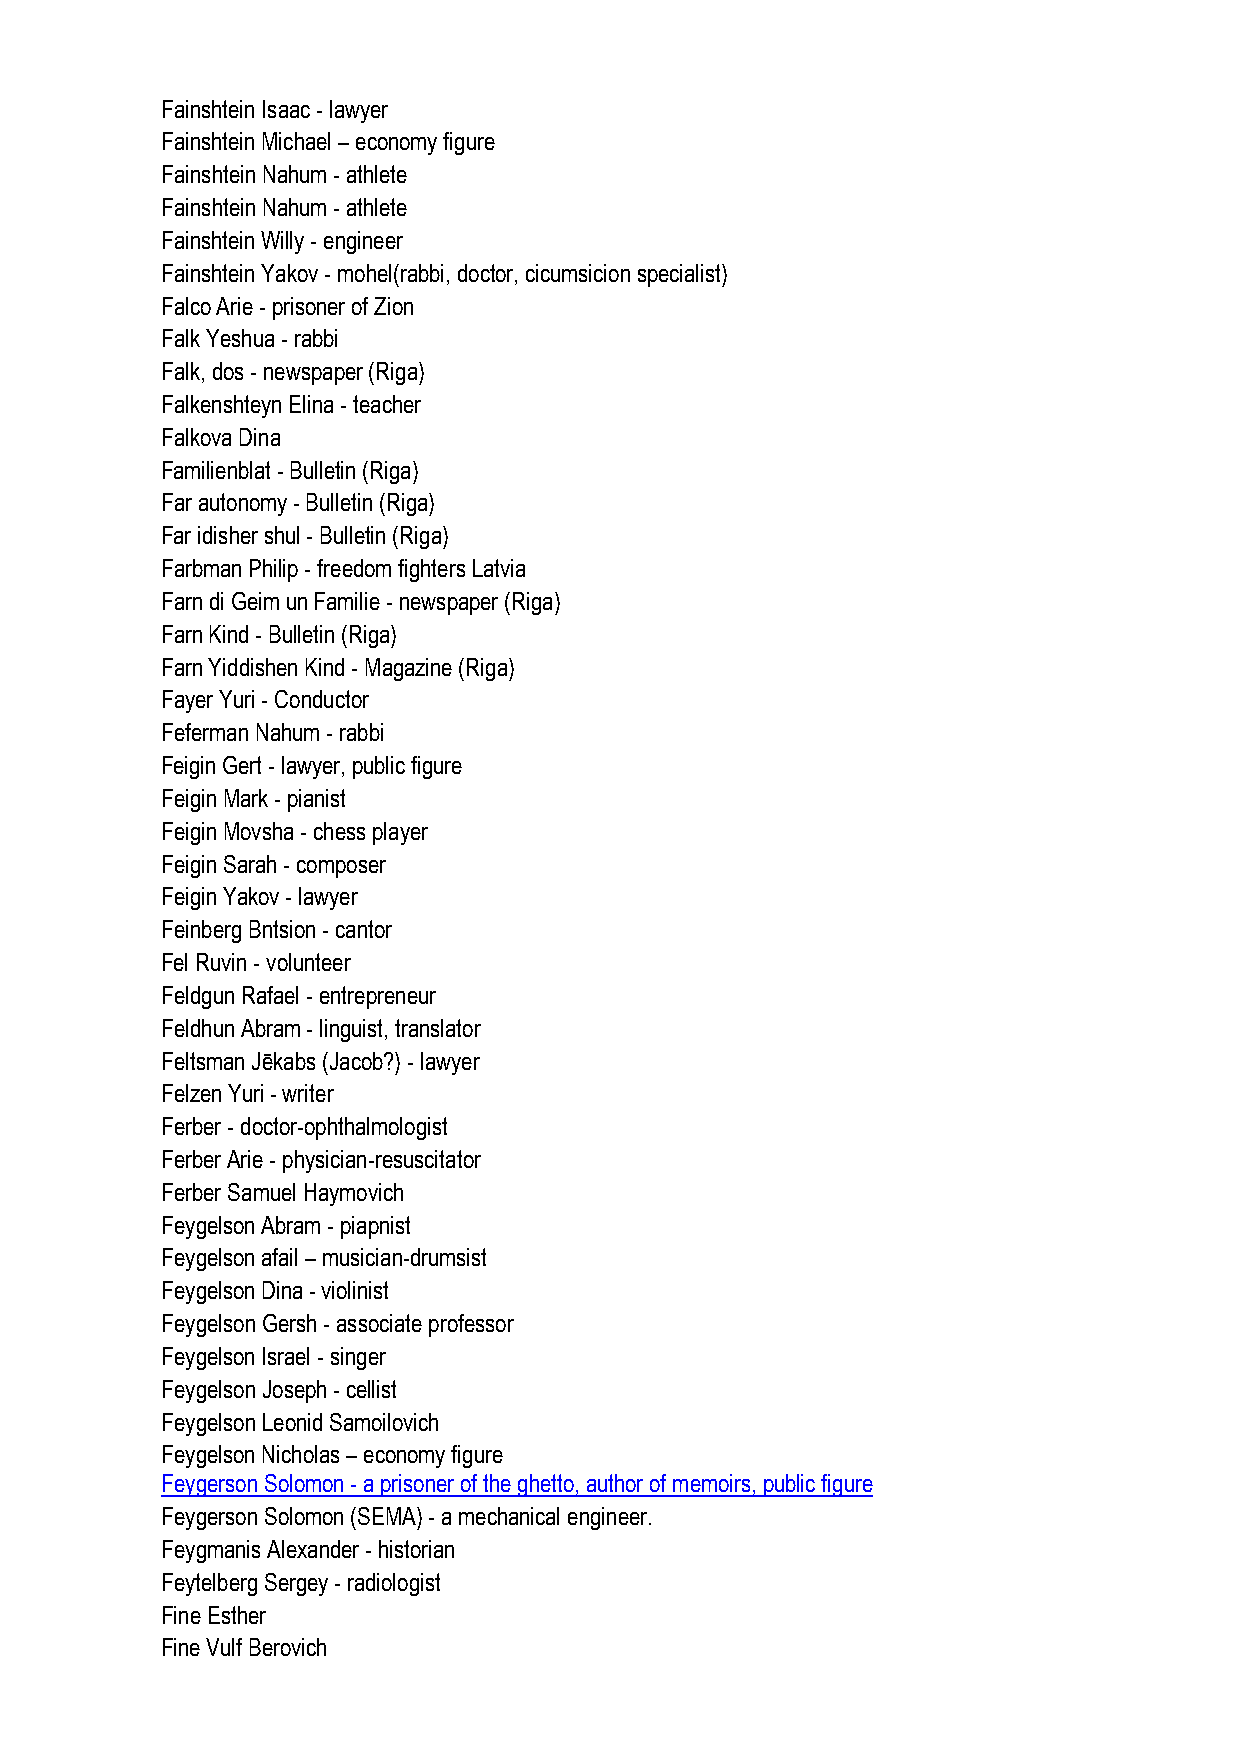
Fainshtein Isaac - lawyer
 Fainshtein Michael – economy figure
 Fainshtein Nahum - athlete
 Fainshtein Nahum - athlete
 Fainshtein Willy - engineer
 Fainshtein Yakov - mohel(rabbi, doctor, cicumsicion specialist)
 Falco Arie - prisoner of Zion
 Falk Yeshua - rabbi
 Falk, dos - newspaper (Riga)
 Falkenshteyn Elina - teacher
 Falkova Dina
 Familienblat - Bulletin (Riga)
 Far autonomy - Bulletin (Riga)
 Far idisher shul - Bulletin (Riga)
 Farbman Philip - freedom fighters Latvia
 Farn di Geim un Familie - newspaper (Riga)
 Farn Kind - Bulletin (Riga)
 Farn Yiddishen Kind - Magazine (Riga)
 Fayer Yuri - Conductor
 Feferman Nahum - rabbi
 Feigin Gert - lawyer, public figure
 Feigin Mark - pianist
 Feigin Movsha - chess player
 Feigin Sarah - composer
 Feigin Yakov - lawyer
 Feinberg Bntsion - cantor
 Fel Ruvin - volunteer
 Feldgun Rafael - entrepreneur
 Feldhun Abram - linguist, translator
 Feltsman Jēkabs (Jacob?) - lawyer
 Felzen Yuri - writer
 Ferber - doctor-ophthalmologist
 Ferber Arie - physician-resuscitator
 Ferber Samuel Haymovich
 Feygelson Abram - piapnist
 Feygelson afail – musician-drumsist
 Feygelson Dina - violinist
 Feygelson Gersh - associate professor
 Feygelson Israel - singer
 Feygelson Joseph - cellist
 Feygelson Leonid Samoilovich
 Feygelson Nicholas – economy figure
 Feygerson Solomon - a prisoner of the ghetto, author of memoirs, public figure
 Feygerson Solomon (SEMA) - a mechanical engineer.
 Feygmanis Alexander - historian
 Feytelberg Sergey - radiologist
 Fine Esther
 Fine Vulf Berovich